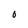
Character: 0